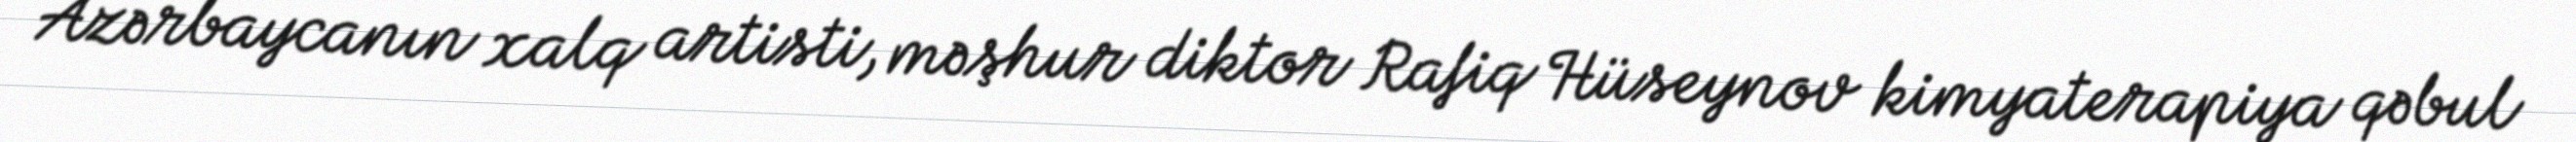
Azərbaycanın xalq artisti, məşhur diktor Rafiq Hüseynov kimyaterapiya qəbul